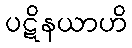
ပဋိနယာဟိ